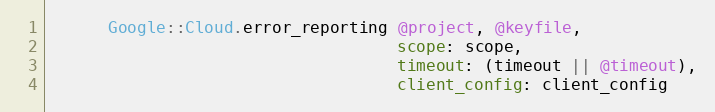
Language: Ruby
      Google::Cloud.error_reporting @project, @keyfile,
                                    scope: scope,
                                    timeout: (timeout || @timeout),
                                    client_config: client_config